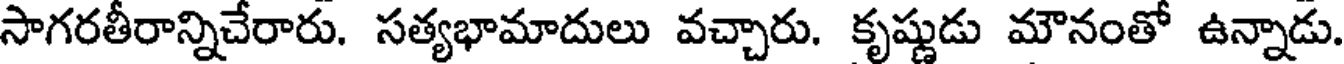
సాగరతీరాన్నిచేరారు. సత్యభామాదులు వచ్చారు. కృష్ణుడు మౌనంతో ఉన్నాడు.